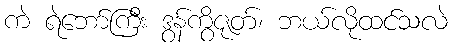
ကဲ ရဲဘော်ကြီး ဒွန်ကွိဇုတ်၊ ဘယ်လိုထင်သလဲ